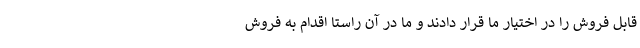
قابل فروش را در اختیار ما قرار دادند و ما در آن راستا اقدام به فروش